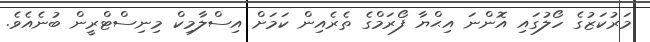
މަރުކަޒުގެ ހޯލުގައި އޮންނަ އިޙްޔާ ފޯރަމްގެ ތެރެއިން ކަމަށް އިސްލާމިކް މިނިސްޓްރީން ބުނެއެވެ.